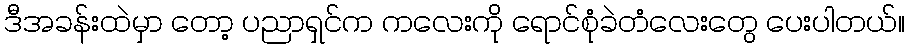
ဒီအခန်းထဲမှာ တော့ ပညာရှင်က ကလေးကို ရောင်စုံခဲတံလေးတွေ ပေးပါတယ်။